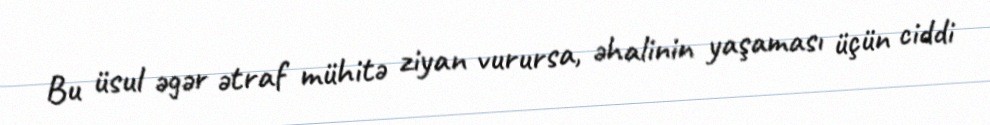
Bu üsul əgər ətraf mühitə ziyan vurursa, əhalinin yaşaması üçün ciddi